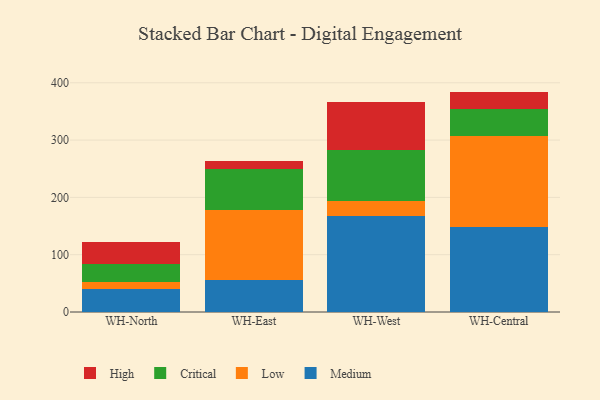
{"axis": {"x": "Warehouse", "y": "Tickets Resolved"}, "legend": ["Critical", "High", "Low", "Medium"], "data": [{"x": "WH-North", "y": 39.3, "type": "Medium"}, {"x": "WH-North", "y": 13.5, "type": "Low"}, {"x": "WH-North", "y": 30.6, "type": "Critical"}, {"x": "WH-North", "y": 39.5, "type": "High"}, {"x": "WH-East", "y": 56.4, "type": "Medium"}, {"x": "WH-East", "y": 122.0, "type": "Low"}, {"x": "WH-East", "y": 70.5, "type": "Critical"}, {"x": "WH-East", "y": 14.6, "type": "High"}, {"x": "WH-West", "y": 167.2, "type": "Medium"}, {"x": "WH-West", "y": 25.8, "type": "Low"}, {"x": "WH-West", "y": 89.5, "type": "Critical"}, {"x": "WH-West", "y": 84.0, "type": "High"}, {"x": "WH-Central", "y": 147.5, "type": "Medium"}, {"x": "WH-Central", "y": 159.0, "type": "Low"}, {"x": "WH-Central", "y": 47.0, "type": "Critical"}, {"x": "WH-Central", "y": 31.1, "type": "High"}]}